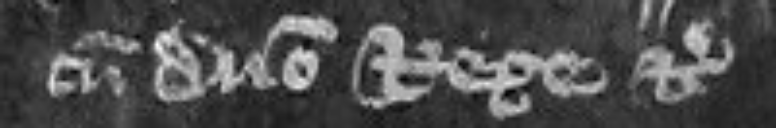
cum domino Rege etc